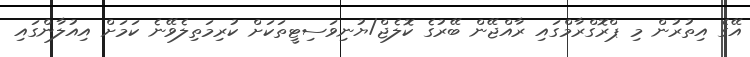
އޭގެ އިތުރުން މި ޕްރޮގްރާމްގައި ރާއްޖޭން ބޭރުގެ ކޮލެޖް/ޔުނިވަސިޓީތަކަށް ކުރިމަތިލެވޭނެ ކަމަށް އިއުލާންގައި